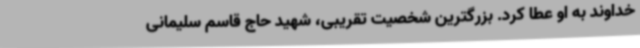
خداوند به او عطا کرد. بزرگترین شخصیت تقریبی، شهید حاج قاسم سلیمانی‌